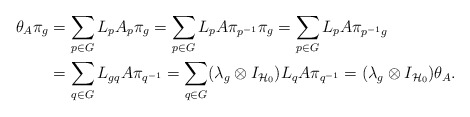
\begin{align*}\theta_A\pi_g&=\sum\limits_{p\in G} L_pA_p\pi_g=\sum\limits_{p\in G} L_pA\pi_{p^{-1}}\pi_g=\sum\limits_{p\in G} L_pA\pi_{{p^{-1}}g}\\&=\sum\limits_{q\in G} L_{gq}A\pi_{q^{-1}}=\sum\limits_{q\in G}(\lambda_g\otimes I_{\mathcal{H}_0}) L_{q}A\pi_{q^{-1}}=(\lambda_g\otimes I_{\mathcal{H}_0})\theta_A. \end{align*}